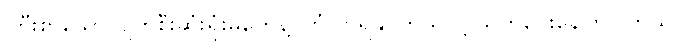
ကြီးစွာသော ပျက်စီးဆုံးရှုံးမှုတွေနဲ့ ကြုံလာရနိုင်တယ်လို့ သတိပေးနေကြပါတယ်။